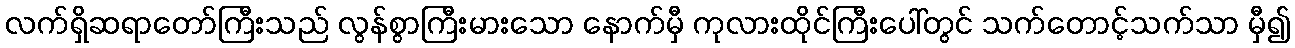
လက်ရှိဆရာတော်ကြီးသည် လွန်စွာကြီးမားသော နောက်မှီ ကုလားထိုင်ကြီးပေါ်တွင် သက်တောင့်သက်သာ မှီ၍